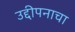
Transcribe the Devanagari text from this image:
उद्दीपनाचा